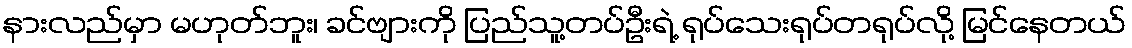
နားလည်မှာ မဟုတ်ဘူး၊ ခင်ဗျားကို ပြည်သူ့တပ်ဦးရဲ့ ရုပ်သေးရုပ်တရုပ်လို့ မြင်နေတယ်